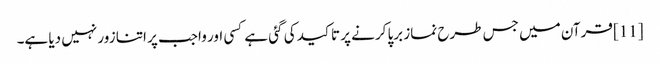
[11] قرآن میں جس طرح نماز برپا کرنے پر تاکید کی گئی ہے کسی اور واجب پر اتنا زور نہیں دیا ہے۔